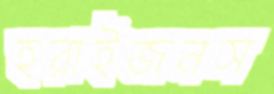
হরাইজনস